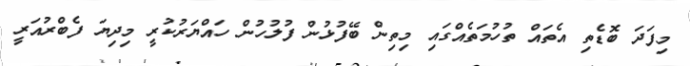
މިފަދަ ބޮޑެތި އެތައް ތުހުމަތެއްގައި މިތިން ބޭފުޅުން ފުލުހުން ހައްޔަރުކުރީ މިދިޔަ ފެބްރުއަރީ